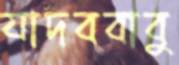
যাদববাবু